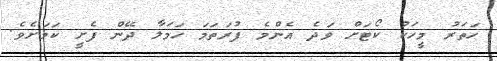
ހަތަރު މީހަކު ކޯޓަށް ވަދެ އެންމެ ފުރަތަމަ ހަމަލާ ދޭން ފެށީ ކަމަށެވެ.